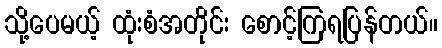
သို့ပေမယ့် ထုံးစံအတိုင်း စောင့်ကြရပြန်တယ်။